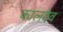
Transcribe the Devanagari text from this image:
कालदेव